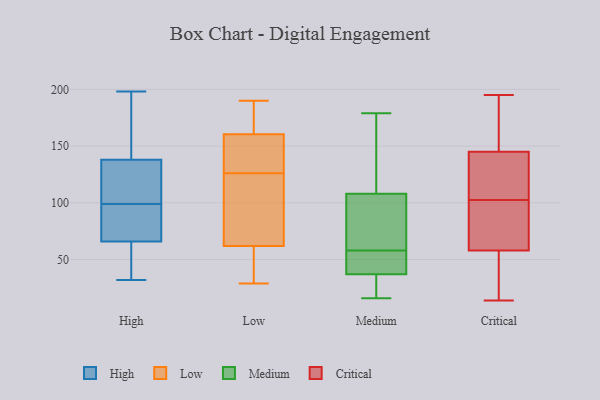
{"axis": {"x": "LTV (USD)", "y": "Value"}, "legend": ["Critical", "High", "Low", "Medium"], "data": [{"x": "", "y": 94, "type": "High"}, {"x": "", "y": 190, "type": "High"}, {"x": "", "y": 180, "type": "High"}, {"x": "", "y": 43, "type": "High"}, {"x": "", "y": 71, "type": "High"}, {"x": "", "y": 198, "type": "High"}, {"x": "", "y": 88, "type": "High"}, {"x": "", "y": 32, "type": "High"}, {"x": "", "y": 121, "type": "High"}, {"x": "", "y": 45, "type": "High"}, {"x": "", "y": 104, "type": "High"}, {"x": "", "y": 71, "type": "High"}, {"x": "", "y": 124, "type": "High"}, {"x": "", "y": 66, "type": "High"}, {"x": "", "y": 138, "type": "High"}, {"x": "", "y": 123, "type": "High"}, {"x": "", "y": 192, "type": "High"}, {"x": "", "y": 57, "type": "High"}, {"x": "", "y": 29, "type": "Low"}, {"x": "", "y": 182, "type": "Low"}, {"x": "", "y": 137, "type": "Low"}, {"x": "", "y": 35, "type": "Low"}, {"x": "", "y": 143, "type": "Low"}, {"x": "", "y": 112, "type": "Low"}, {"x": "", "y": 129, "type": "Low"}, {"x": "", "y": 190, "type": "Low"}, {"x": "", "y": 123, "type": "Low"}, {"x": "", "y": 76, "type": "Low"}, {"x": "", "y": 48, "type": "Low"}, {"x": "", "y": 178, "type": "Low"}, {"x": "", "y": 31, "type": "Medium"}, {"x": "", "y": 53, "type": "Medium"}, {"x": "", "y": 39, "type": "Medium"}, {"x": "", "y": 73, "type": "Medium"}, {"x": "", "y": 101, "type": "Medium"}, {"x": "", "y": 53, "type": "Medium"}, {"x": "", "y": 58, "type": "Medium"}, {"x": "", "y": 157, "type": "Medium"}, {"x": "", "y": 81, "type": "Medium"}, {"x": "", "y": 31, "type": "Medium"}, {"x": "", "y": 16, "type": "Medium"}, {"x": "", "y": 129, "type": "Medium"}, {"x": "", "y": 179, "type": "Medium"}, {"x": "", "y": 14, "type": "Critical"}, {"x": "", "y": 96, "type": "Critical"}, {"x": "", "y": 134, "type": "Critical"}, {"x": "", "y": 109, "type": "Critical"}, {"x": "", "y": 112, "type": "Critical"}, {"x": "", "y": 69, "type": "Critical"}, {"x": "", "y": 195, "type": "Critical"}, {"x": "", "y": 139, "type": "Critical"}, {"x": "", "y": 17, "type": "Critical"}, {"x": "", "y": 22, "type": "Critical"}, {"x": "", "y": 145, "type": "Critical"}, {"x": "", "y": 36, "type": "Critical"}, {"x": "", "y": 171, "type": "Critical"}, {"x": "", "y": 95, "type": "Critical"}, {"x": "", "y": 153, "type": "Critical"}, {"x": "", "y": 158, "type": "Critical"}, {"x": "", "y": 58, "type": "Critical"}, {"x": "", "y": 73, "type": "Critical"}]}